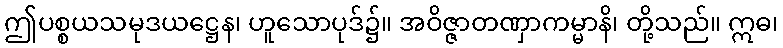
ဤပစ္စယသမုဒယဋ္ဌေန၊ ဟူသောပုဒ်၌။ အဝိဇ္ဇာတဏှာကမ္မာနိ၊ တို့သည်။ ဣဓ၊